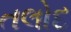
તલોદ